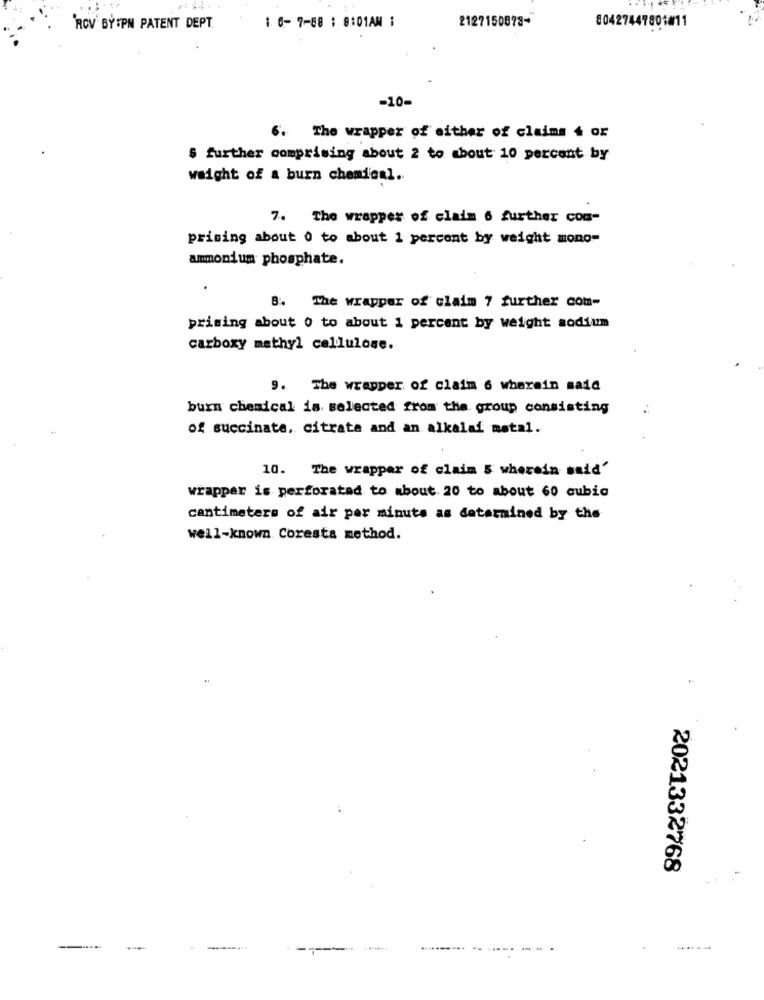
ROV BY:PN PATENT DEPT.
1 0- 7-88 : 8:01AM :
2127150878-
80427447801#11
-10-
6. The wrapper of either of claims 4 or
S further comprising about 2 to about 10 percent by
weight of a burn chemical ..
7. The wrapper of claim 6 further com-
prising about o to about 1 percent by weight mono-
ammonium phosphate.
B. The wrapper of claim 7 further com-
prising about o to about 1 percent by weight sodium
carboxy methyl cellulose.
9. The wrapper of claim 6 wherein said
burn chemical is selected from the group consisting
of succinate, citrate and an alkalaf matal.
10. The wrapper of claim 5 wherein said'
wrapper is perforatad to about. 20 to about 60 cubic
cantimeters of air per minute as determined by the
well-known Coresta method.
2021332768
---.